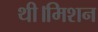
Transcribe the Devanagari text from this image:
थी।मिशन